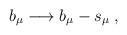
LaTeX: \begin{align*}b_\mu \longrightarrow b_\mu -s_\mu \;, \end{align*}